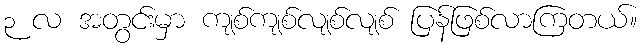
၃ လ အတွင်းမှာ ကျစ်ကျစ်လျစ်လျစ် ပြန်ဖြစ်လာကြတယ်။